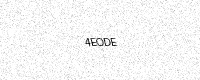
Text: 4EODE